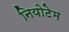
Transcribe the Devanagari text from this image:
नियोटेम